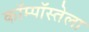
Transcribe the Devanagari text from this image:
कॉम्पॉस्तेला